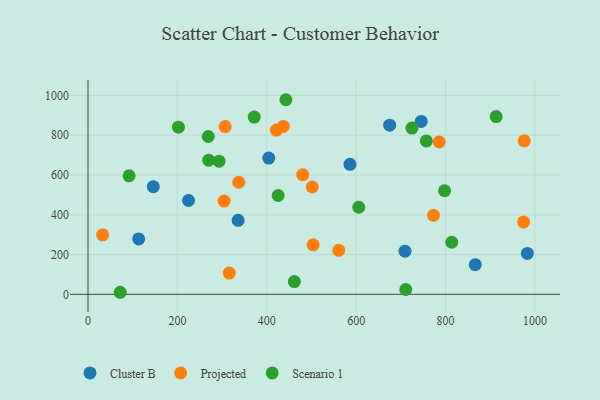
{"axis": {"x": "Study Hours", "y": "Exam Score"}, "legend": ["Cluster B", "Projected", "Scenario 1"], "data": [{"x": "675.0", "y": 850.6, "type": "Cluster B"}, {"x": "745.6", "y": 869.5, "type": "Cluster B"}, {"x": "866.6", "y": 149.2, "type": "Cluster B"}, {"x": "983.2", "y": 205.8, "type": "Cluster B"}, {"x": "146.1", "y": 541.3, "type": "Cluster B"}, {"x": "709.3", "y": 217.1, "type": "Cluster B"}, {"x": "113.4", "y": 278.7, "type": "Cluster B"}, {"x": "586.2", "y": 653.4, "type": "Cluster B"}, {"x": "404.5", "y": 685.2, "type": "Cluster B"}, {"x": "225.0", "y": 471.9, "type": "Cluster B"}, {"x": "335.9", "y": 371.9, "type": "Cluster B"}, {"x": "785.8", "y": 765.8, "type": "Projected"}, {"x": "773.1", "y": 397.1, "type": "Projected"}, {"x": "501.8", "y": 539.7, "type": "Projected"}, {"x": "503.8", "y": 249.0, "type": "Projected"}, {"x": "480.4", "y": 601.7, "type": "Projected"}, {"x": "421.5", "y": 825.8, "type": "Projected"}, {"x": "437.0", "y": 844.1, "type": "Projected"}, {"x": "316.1", "y": 106.8, "type": "Projected"}, {"x": "304.5", "y": 469.1, "type": "Projected"}, {"x": "306.9", "y": 843.6, "type": "Projected"}, {"x": "337.3", "y": 563.5, "type": "Projected"}, {"x": "974.8", "y": 364.2, "type": "Projected"}, {"x": "976.2", "y": 771.7, "type": "Projected"}, {"x": "561.2", "y": 221.3, "type": "Projected"}, {"x": "32.7", "y": 299.1, "type": "Projected"}, {"x": "797.9", "y": 520.9, "type": "Scenario 1"}, {"x": "372.0", "y": 891.4, "type": "Scenario 1"}, {"x": "605.9", "y": 437.9, "type": "Scenario 1"}, {"x": "461.7", "y": 64.3, "type": "Scenario 1"}, {"x": "293.2", "y": 669.3, "type": "Scenario 1"}, {"x": "913.4", "y": 893.9, "type": "Scenario 1"}, {"x": "711.0", "y": 24.3, "type": "Scenario 1"}, {"x": "814.0", "y": 261.8, "type": "Scenario 1"}, {"x": "425.5", "y": 496.9, "type": "Scenario 1"}, {"x": "757.1", "y": 771.2, "type": "Scenario 1"}, {"x": "202.4", "y": 840.5, "type": "Scenario 1"}, {"x": "72.0", "y": 10.4, "type": "Scenario 1"}, {"x": "270.0", "y": 674.4, "type": "Scenario 1"}, {"x": "91.9", "y": 595.6, "type": "Scenario 1"}, {"x": "442.8", "y": 978.4, "type": "Scenario 1"}, {"x": "269.0", "y": 793.6, "type": "Scenario 1"}, {"x": "724.9", "y": 835.7, "type": "Scenario 1"}]}